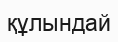
құлындай